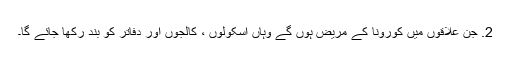
2. جن علاقوں میں کورونا کے مریض ہوں گے وہاں اسکولوں ، کالجوں اور دفاتر کو بند رکھا جائے گا۔